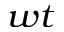
_ { w t }